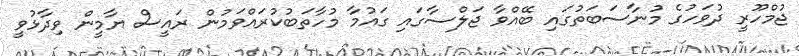
ޖުމްހޫރީ ދުވަހުގެ މުނާސަބަތުގައި ބޭއްވާ ޖަލްސާގައި ގައުމާ މުހާތަބުކުރައްވަމުން ރައީސް ޔާމީން ވިދާޅުވީ